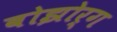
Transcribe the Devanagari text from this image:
बोझोर्ग